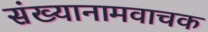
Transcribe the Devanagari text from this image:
संख्यानामवाचक